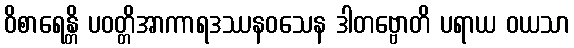
ဝိစာရေန္တိ ပဝတ္တိအာကာရဒဿနဝသေန ဒါတဗ္ဗောတိ ပရာယ ဝယသာ